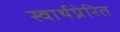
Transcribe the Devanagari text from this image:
स्वार्थप्रेरित